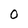
Character: o